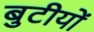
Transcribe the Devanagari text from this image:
बुटीयों